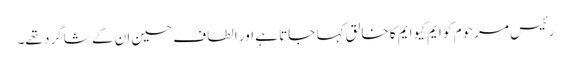
رئیس مرحوم کو ایم کیو ایم کا خالق کہا جاتا ہے اور الطاف حسین ان کے شاگرد تھے۔